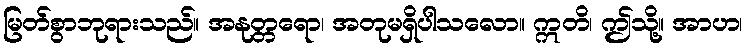
မြတ်စွာဘုရားသည်။ အနုတ္တရော၊ အတုမရှိပါသလော။ ဣတိ၊ ဤသို့။ အာဟ၊